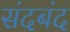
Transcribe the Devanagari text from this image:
संदबंद